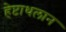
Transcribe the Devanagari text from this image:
हेप्टाथलान